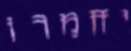
יחמרו